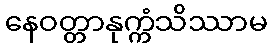
နေဝတ္တာနုက္ကံသိဿာမ